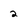
Character: 2